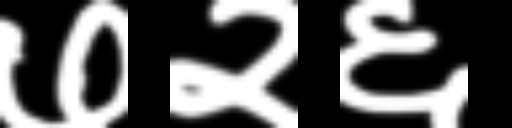
Text: ७२६